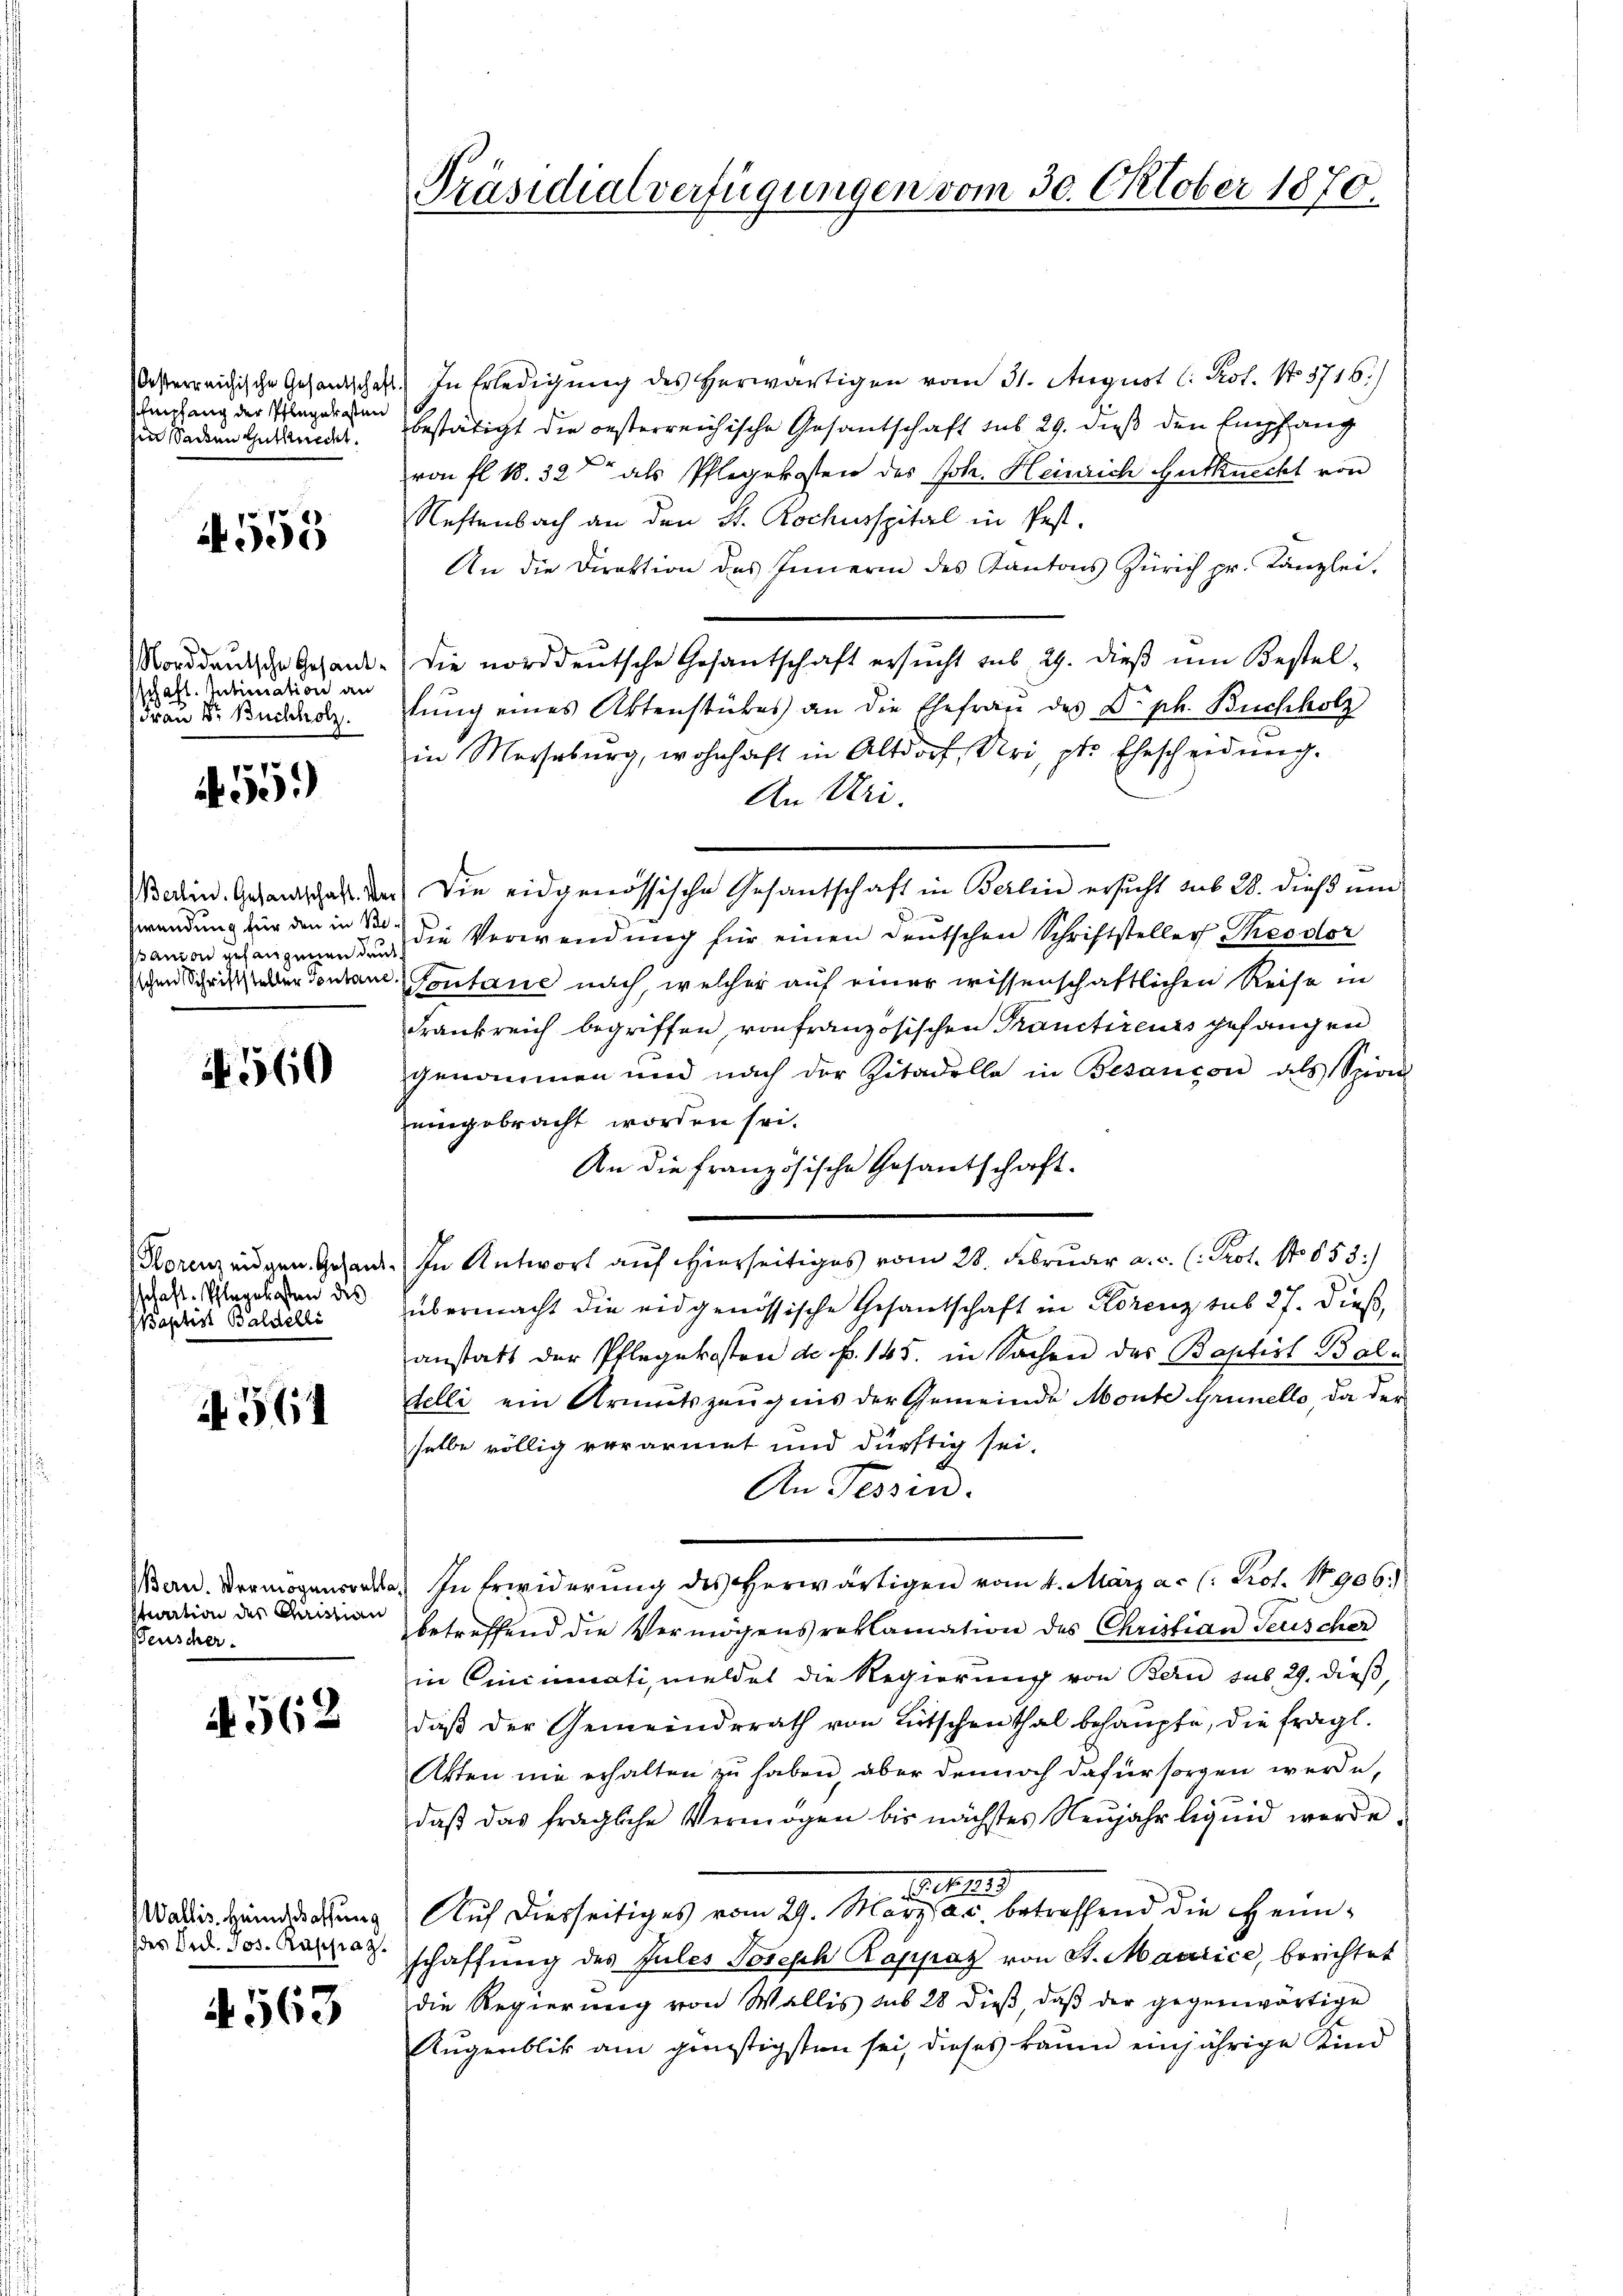
Empfang der Pflegekosten
hen Sachen Gutknecht.

if. 555

Norddeutsche Gesandschaft. Intimation an
Frau Dr. Buchholz.

551)

N 560

Baptis Baldelli

N 564

4562

4563

wendung für den in Be
sanion gehangenen den

stration des Quistian
senscher.

esterreichische Gesandschaft. In Erledigŭng des herwärtigen vom 31. August l. Kot. No. 3716.)
bestätigt die oesterreichische Gesantschaft sub 29. dieß den Empfang
von fl. 18. 32 als Pflegekosten des Joh. Heinrich Gutknecht von
Neftenbach an den St. Rochusspital in fest.
An die Direktion des Innerin des Kantons Zürich pr. Kanzlei-
die norddeutsche Gesantschaft ersucht sub 29. dieß um Bestellung eines Aktenstückes an die Ehefrau des Dr. ph. Buchholz
in Merseburg, wohnhaft in Altdorf, Uri, ptr. Ehescheidung.
An Uri.
Bedin. Gesandtschaft des Die eidgenössische Gesantschaft in Berlin ersucht sub 28. dieß um
die Verwendung für einen deutschen Schriftsteller, Theodor
chen Schritterdenten Contane nach, welcher auf einer wissenschaftlichen Reise in
Frankreich begriffen, von französischen Pranctireurs gefangen
genommen und nach der Zitadella in Besançon als Spion-
zengebracht worden sei.
An die französische Gesantschaft.
Horenzeigen Gesand. In Antwort auf hierseitiges vom 28. Februar a. c. (: Prot. No 653:/
das. Wegeben des übermacht die eidgenössische Gesandtschaft in Korenz sub 27. dieß,
anstatt der Pflegekosten de f. 145. in Sachen des Baptirt Bale
delli ein Armutszeugnis der Gemeinde Monte Grunello, da der
selbe völlig verarmet und dürftig sei.
An Tessin.
Ban. In Erwiderung des herwärtigen vom 4. März a.c. (: Prof. No 906.
betreffend die Vermögensreklamation des Christian Teuscher
in Cincumati, meldet die Regierung von Bern sub. 29. dieß,
daß der Gemeindsrath von Lütschenthal behaupte, die fragl.
Akten nie erhalten zu haben, aber dennoch dafür sorgen werde,
daß das fragliche Vermögen bis nächstes Neujahr liquid werde.
1406. 1849
Wadies Hemachung Auf diesseitiges vom 29. Marzsac betreffend die Heimdas Bed. Jos. Karto schaffung des Jules Joseph Rappaz von St. Maurice, berichtet
die Regierung von Wallis sub 28 dieβ, daβ der gegenwärtige
Augenblik am günstigsten sei, dieses kaum einjährige Kind

Präsidialverfügungen vom 30. Oktober 1870.